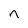
Character: n